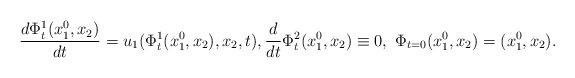
LaTeX: \begin{align*}\frac{d\Phi^1_t(x_1^0,x_2)}{dt}=u_1(\Phi_t^1(x_1^0,x_2),x_2,t),\frac{d}{dt}\Phi_t^2(x_1^0,x_2)\equiv 0,\ \Phi_{t=0}(x_1^0,x_2)=(x_1^0,x_2).\end{align*}